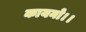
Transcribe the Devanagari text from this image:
कायनो।।